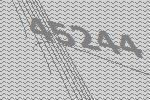
45244